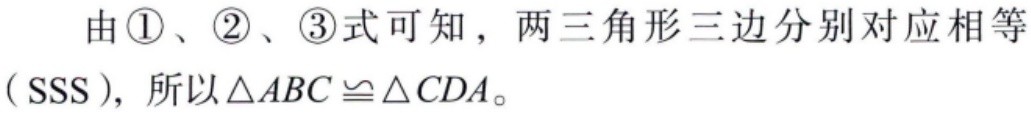
由\textcircled{1}、\textcircled{2}、\textcircled{3}式可知，两三角形三边分别对应相等（SSS），所以\(\triangle ABC \cong \triangle CDA\)。